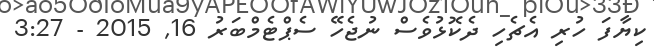
ކިޔާފަ ހުރި އެޗެހި ދެކޮޅުވެސް ނުޖެހޭ ސެޕްޓެމްބަރު 16